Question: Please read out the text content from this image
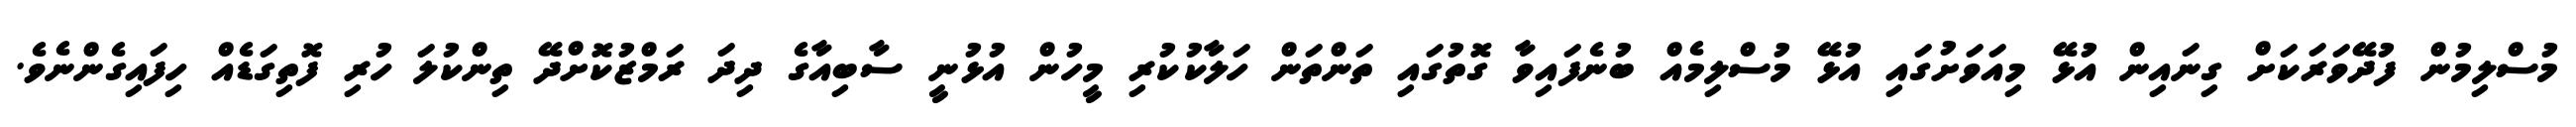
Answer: މުސްލިމުން ފުދޭވަރަކަށް ގިނައިން އުޅޭ މިއަވަށުގައި އުޅޭ މުސްލިމެއް ބުނެފައިވާ ގޮތުގައި ތަންތަން ހަލާކުކުރި މީހުން އުޅުނީ ސާބިއާގެ ދިދަ ރަމްޒުކޮށްދޭ ތިންކުލަ ހުރި ފޮތިގަޑެއް ހިފައިގެންނެވެ.